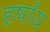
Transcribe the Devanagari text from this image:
हर्षाय